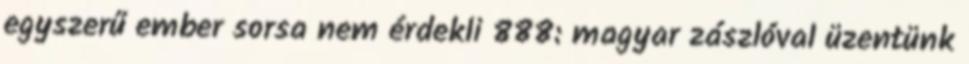
egyszerű ember sorsa nem érdekli 888: magyar zászlóval üzentünk